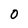
Character: O